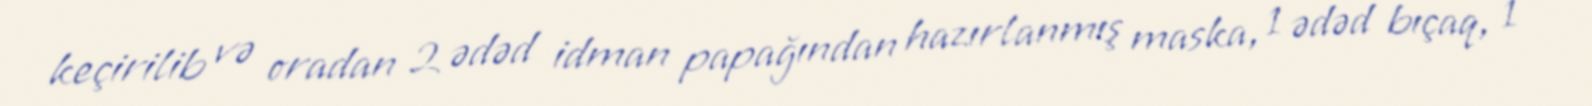
keçirilib və oradan 2 ədəd idman papağından hazırlanmış maska, 1 ədəd bıçaq, 1